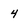
Character: 4